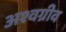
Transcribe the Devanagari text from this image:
अश्वग्रीव